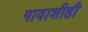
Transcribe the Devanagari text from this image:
गावाशीही